Vaccination in Bombay 1902-1912 - 1902-1912
Year: 1902
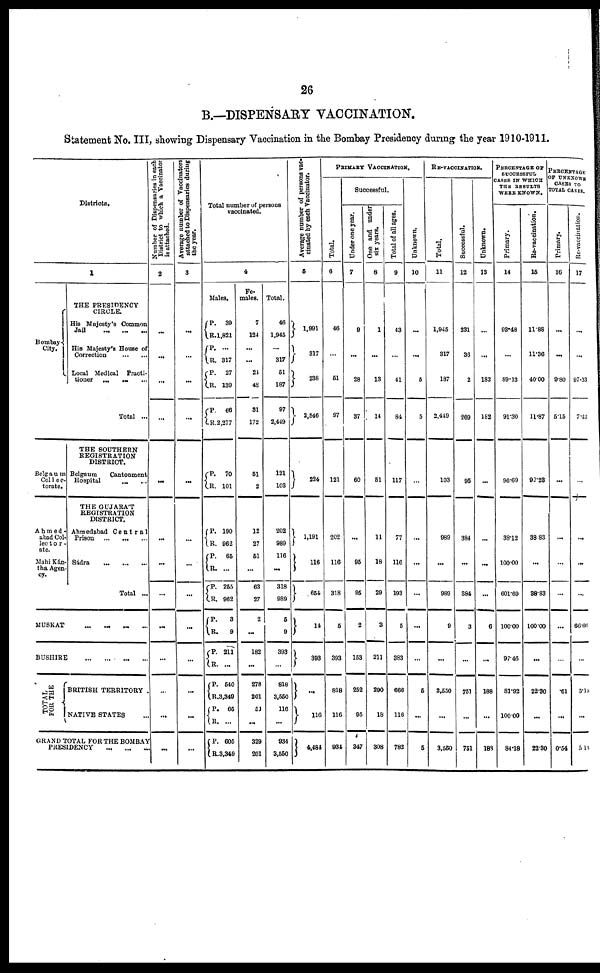
26
B.—DISPENSARY VACCINATION.
Statement No. III, showing Dispensary Vaccination in the Bombay Presidency during the year 1910-1911.
Districts.
1
Bombay
City.
THE PRESIDENCY
CIRCLE.
His Majesty's Common
Jail
...
...
...
His Majesty's House of
Correction
...
Local Medical
Practi-
tioner
...
... ...
Total ...
Belgaum
Col1ec¬
torate.
Ahmed¬
abad Col¬
lector¬
ate.
Mahi Kán¬
tha Agen-
cy.
THE SOUTHERN
REGISTRATION
DISTRICT.
Belgaum
Cantonment
Hospital
... ...
THE GUJARAT
REGISTRATION
DISTRICT.
Ahmedabad Central
Prison
...
... ...
Sádra
...
...
...
Total ...
MUSKAT ... ... ... ...
BUSHIRE
...
...
...
...
TOTAL
FOR THE
BRITISH TERRITORY .
NATIVE STATES ...
GRAND TOTAL FOR THE BOMBAY
PRESIDENCY ... ... ...
Number of Dispensaries in each
District to which a Vaccinator
is attached.
2
...
...
...
...
...
...
...
...
...
...
...
...
...
Average number of Vaccinators
attached to Dispensaries during
the year.
3
...
...
...
...
...
...
...
...
...
...
...
Total number of persons
vaccinated.
4
Males.
P.
R.
P.
R.
P.
R.
P.
R.
39
1,821
...
317
27
139
66
2,277
P.
R.
70
101
P.
R.
P.
R.
P.
R.
P.
R.
P.
R.
P.
R.
P.
R.
P.
R.
190
962
65
...
255
962
3
9
211
...
540
3,349
65
...
605
3,349
Fe-
males.
7
124
...
...
24
48
31
172
51
2
12
27
51
...
63
27
2
...
182
...
278
201
51
...
329
201
Total.
46
1,945
...
317
51
187
97
2,449
121
103
202
989
116
...
318
989
5
9
393
...
818
3,550
116
...
934
3,550
Average number of persons vac¬
cinated by each Vaccinator.
5
1,991
317
238
2,546
224
1,191
116
654
14
393
...
116
4,484
PRIMARY VACCINATION.
Total.
6
46
...
51
97
121
202
116
318
5
393
818
116
934
Successful.
Under one year.
7
9
...
28
37
60
...
95
95
2
153
252
95
347
One and under
six years.
8
1
...
13
14
51
11
18
29
3
211
290
18
308
Total of all ages.
9
43
...
41
84
117
77
116
193
5
383
666
116
782
Unknown.
10
...
...
5
5
...
...
...
...
...
...
5
...
5
RE-VACCINATION.
Total.
11
1,945
317
187
2,449
103
989
...
989
9
...
3,550
...
3,550
Successful.
12
231
36
2
269
95
384
...
384
3
...
751
...
751
Unknown.
13
...
...
182
182
...
...
...
...
6
...
188
...
188
PERCENTAGE OF
SUCCESSFUL
CASES IN WHICH
THE RESULTS
WERE KNOWN.
Primary.
14
93.48
...
89.13
91.30
96.69
38.12
100.00
601.69
100.00
97.46
81.92
100.00
84.18
Re-vaccination.
15
11.88
11.36
40.00
11.87
92.23
38.83
...
38.83
100.00
...
22.30
...
22.30
PERCENTAGE
OF UNKNOWN
CASES TO
TOTAL CASES.
Primary.
16
...
...
9.80
5.15
...
...
...
...
...
...
.61
...
0.54
Re-vaccination.
17
...
...
97.33
7.43
...
...
...
...
66.66
...
5.13
...
5.13